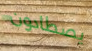
يصطادون